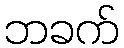
ဘခက်